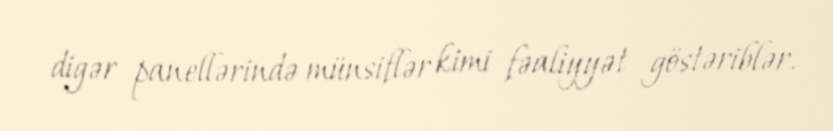
digər panellərində münsiflər kimi fəaliyyət göstəriblər.